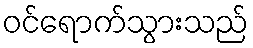
ဝင်ရောက်သွားသည်